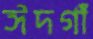
ঈদগাঁ